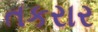
તકરાર